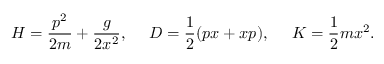
{ \cal H } = { \frac { p ^ { 2 } } { 2 m } } + { \frac { g } { 2 x ^ { 2 } } } , \ \ \ \ { \cal D } = { \frac { 1 } { 2 } } ( p x + x p ) , \ \ \ \ { \cal K } = { \frac { 1 } { 2 } } m x ^ { 2 } .